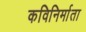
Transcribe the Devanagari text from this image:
कविनिर्माता